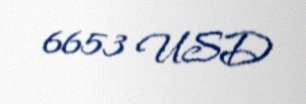
6653 USD